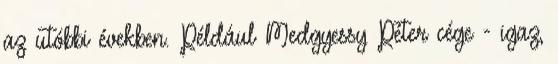
az utóbbi években. Például Medgyessy Péter cége - igaz,